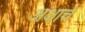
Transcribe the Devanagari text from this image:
अक्षाचे